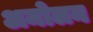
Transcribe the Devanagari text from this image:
अमोलन